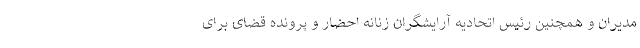
مدیران و همچنین رئیس اتحادیه آرایشگران زنانه احضار و پرونده قضای برای